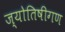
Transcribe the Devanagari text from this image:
ज्योतिषीगण